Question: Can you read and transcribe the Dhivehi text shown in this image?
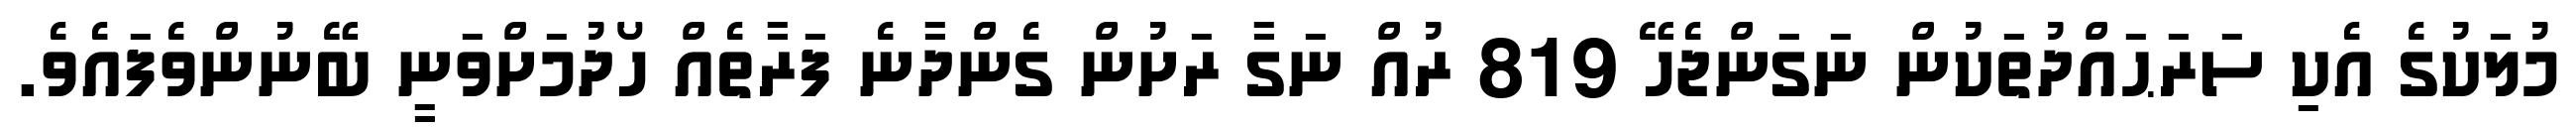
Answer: މުލަކުގެ އެކި ސަރަޙައްދުތަކުން ނަގަންޖެހޭ 819 ރުއް ނަގާ ރަށުން ގެންދާނެ ފަރާތެއް ހޯދުމަށްވަނީ ބޭނުންވެފައެވެ.